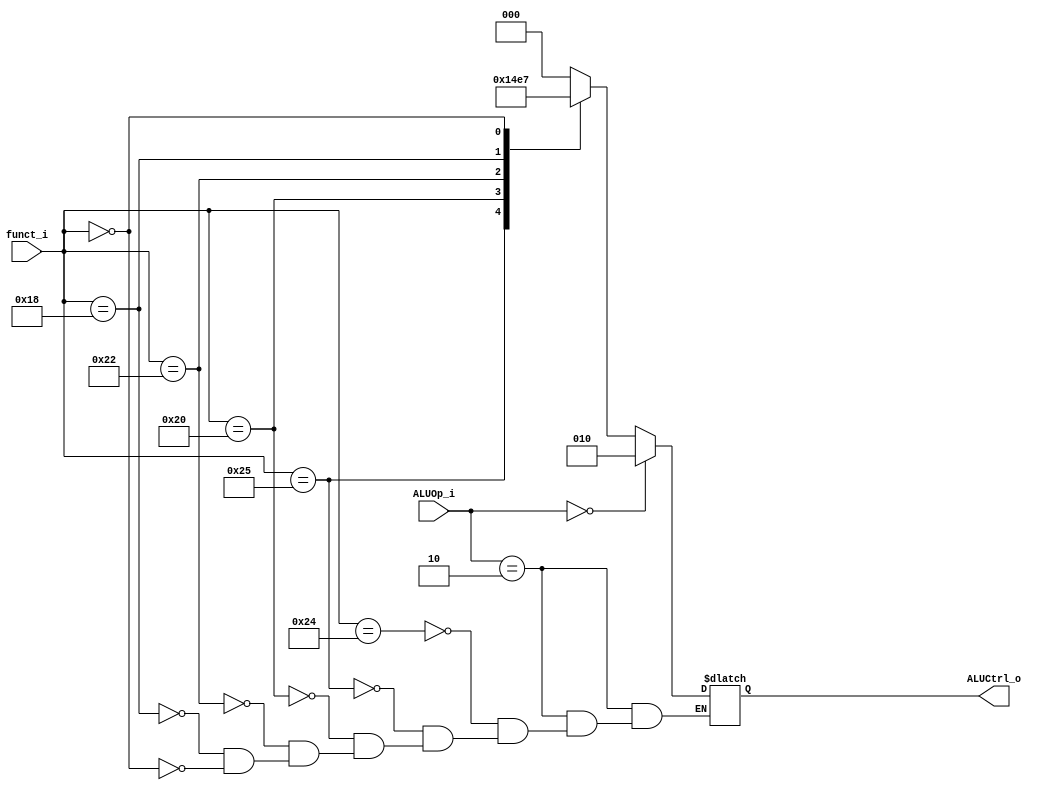
module ALU_Control
(
    funct_i,
    ALUOp_i,
    ALUCtrl_o
);

input   [5:0]   funct_i;
input   [1:0]   ALUOp_i;
output  [2:0]   ALUCtrl_o;

reg     [2:0]   ALUCtrl_o;

always@(funct_i or ALUOp_i) begin
    case(ALUOp_i)
        2'b10:  // R-type
            case(funct_i)
                6'b100100: ALUCtrl_o = 3'b000;  // and
                6'b100101: ALUCtrl_o = 3'b001;  // or
                6'b100000: ALUCtrl_o = 3'b010;  // add
                6'b100010: ALUCtrl_o = 3'b011;  // sub
                6'b011000: ALUCtrl_o = 3'b100;  // mul
                6'b000000: ALUCtrl_o = 3'b111;  // nop (sll)
            endcase
        2'b00:  // I-type
            ALUCtrl_o = 3'b010;  // addi, lw, sw
        default:
            ALUCtrl_o = 3'bxxx;
    endcase
end

endmodule